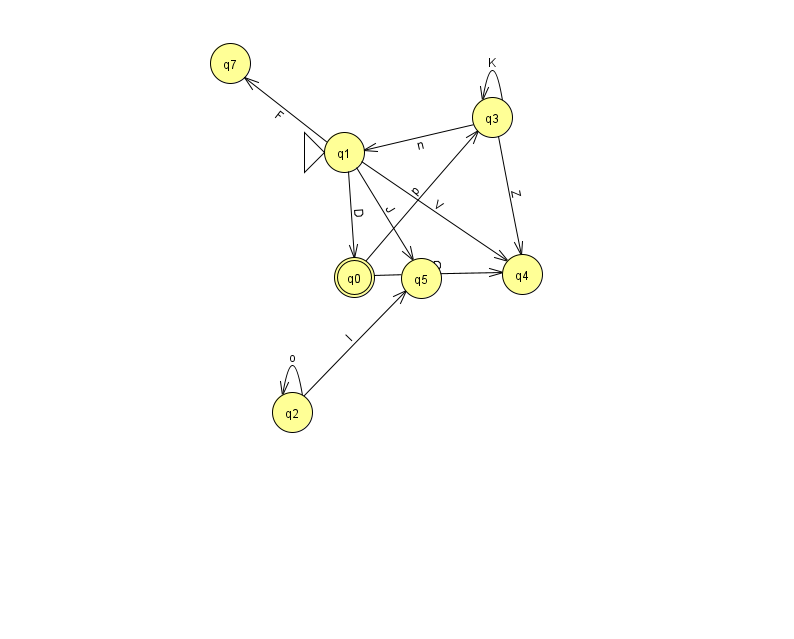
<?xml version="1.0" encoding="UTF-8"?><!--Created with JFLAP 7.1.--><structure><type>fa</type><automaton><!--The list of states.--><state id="0" name="q0"><x>354.0</x><y>264.0</y><final/></state><state id="1" name="q1"><x>344.0</x><y>139.0</y><initial/></state><state id="2" name="q2"><x>292.0</x><y>399.0</y></state><state id="3" name="q3"><x>492.0</x><y>104.0</y></state><state id="4" name="q4"><x>522.0</x><y>261.0</y></state><state id="5" name="q5"><x>421.0</x><y>265.0</y></state><state id="7" name="q7"><x>230.0</x><y>50.0</y></state><!--The list of transitions.--><transition><from>3</from><to>1</to><read>n</read></transition><transition><from>0</from><to>4</to><read>D</read></transition><transition><from>1</from><to>5</to><read>J</read></transition><transition><from>0</from><to>3</to><read>p</read></transition><transition><from>1</from><to>7</to><read>F</read></transition><transition><from>3</from><to>3</to><read>K</read></transition><transition><from>1</from><to>4</to><read>V</read></transition><transition><from>3</from><to>4</to><read>Z</read></transition><transition><from>2</from><to>5</to><read>I</read></transition><transition><from>1</from><to>0</to><read>D</read></transition><transition><from>2</from><to>2</to><read>o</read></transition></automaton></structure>